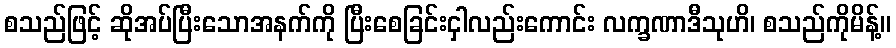
စသည်ဖြင့် ဆိုအပ်ပြီးသောအနက်ကို ပြီးစေခြင်းငှါလည်းကောင်း လက္ခဏာဒီသုဟိ၊ စသည်ကိုမိန့်။